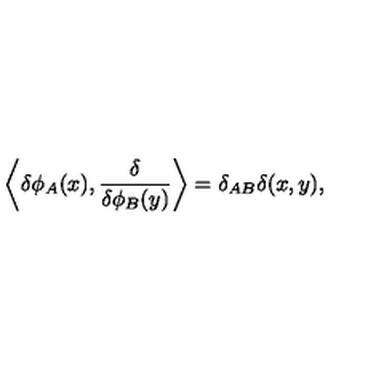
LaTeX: \left\langle \delta \phi _ { A } ( x ) , { \frac { \delta } { \delta \phi _ { B } ( y ) } } \right\rangle = \delta _ { A B } \delta ( x , y ) ,